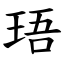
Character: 珸